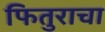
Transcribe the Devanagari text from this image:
फितुराचा